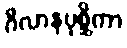
ဂိလာနပုစ္ဆိကာ